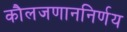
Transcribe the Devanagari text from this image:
कौलजणाननिर्णय